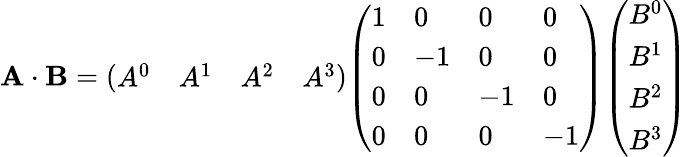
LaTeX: \mathbf{A\cdot B}={\left(\begin{array}{llll}{A^{0}}&{A^{1}}&{A^{2}}&{A^{3}}\end{array}\right)}{\left(\begin{array}{llll}{1}&{0}&{0}&{0}\\ {0}&{-1}&{0}&{0}\\ {0}&{0}&{-1}&{0}\\ {0}&{0}&{0}&{-1}\end{array}\right)}{\left(\begin{array}{l}{B^{0}}\\ {B^{1}}\\ {B^{2}}\\ {B^{3}}\end{array}\right)}